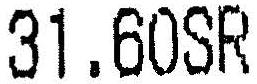
31.60SR